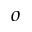
o